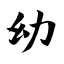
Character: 幼